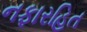
નફારહિત